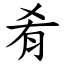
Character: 肴